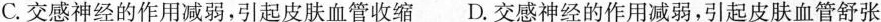
C.交感神经的作用减弱，引起皮肤血管收缩 D.交感神经的作用减弱，引起皮肤血管舒张